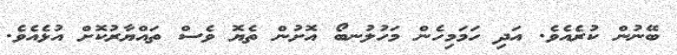
ބޭނުން ކުރެއެވެ. އަދި ހަމަމިހެން މަހުލުނބޯ އޮށުން ތެޔޮ ވެސް ތައްޔާރުކޮށް އުޅެއެވެ.